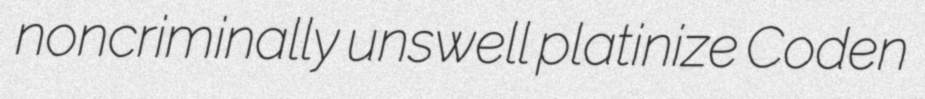
noncriminally unswell platinize Coden